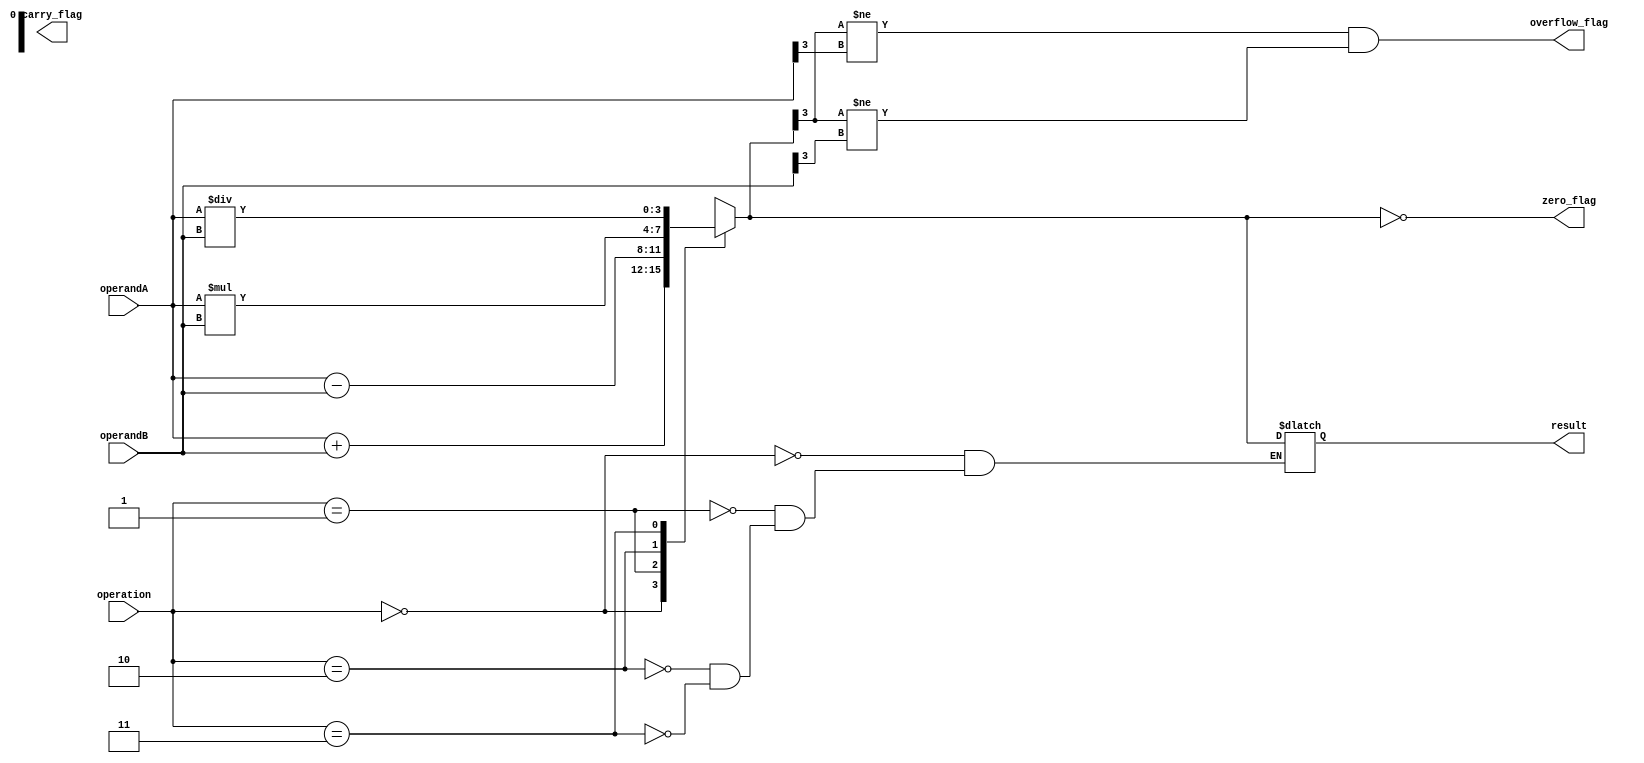
module ALU(input [3:0] operandA, input [3:0] operandB, input [2:0] operation, output reg [3:0] result, output reg zero_flag, output reg carry_flag, output reg overflow_flag);

   always @(*)
   begin
      case(operation)
         3'b000: result = operandA + operandB; // Addition
         3'b001: result = operandA - operandB; // Subtraction
         3'b010: result = operandA * operandB; // Multiplication
         3'b011: result = operandA / operandB; // Division
         // Add more operations as needed
      endcase
   
      // Status flags
      zero_flag = (result == 4'b0000);
      carry_flag = (result[4] == 1); // Check for carry
      overflow_flag = (result[3] != operandA[3] && result[3] != operandB[3]); // Check for overflow
   
   end

endmodule